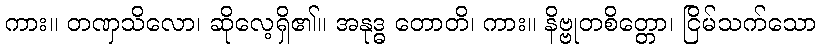
ကား။ တဏှသိလော၊ ဆိုလေ့ရှိ၏။ အနုဒ္ဓ တောတိ၊ ကား။ နိဗ္ဗုတစိတ္တော၊ ငြိမ်သက်သော